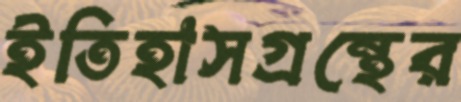
ইতিহাসগ্রন্থের